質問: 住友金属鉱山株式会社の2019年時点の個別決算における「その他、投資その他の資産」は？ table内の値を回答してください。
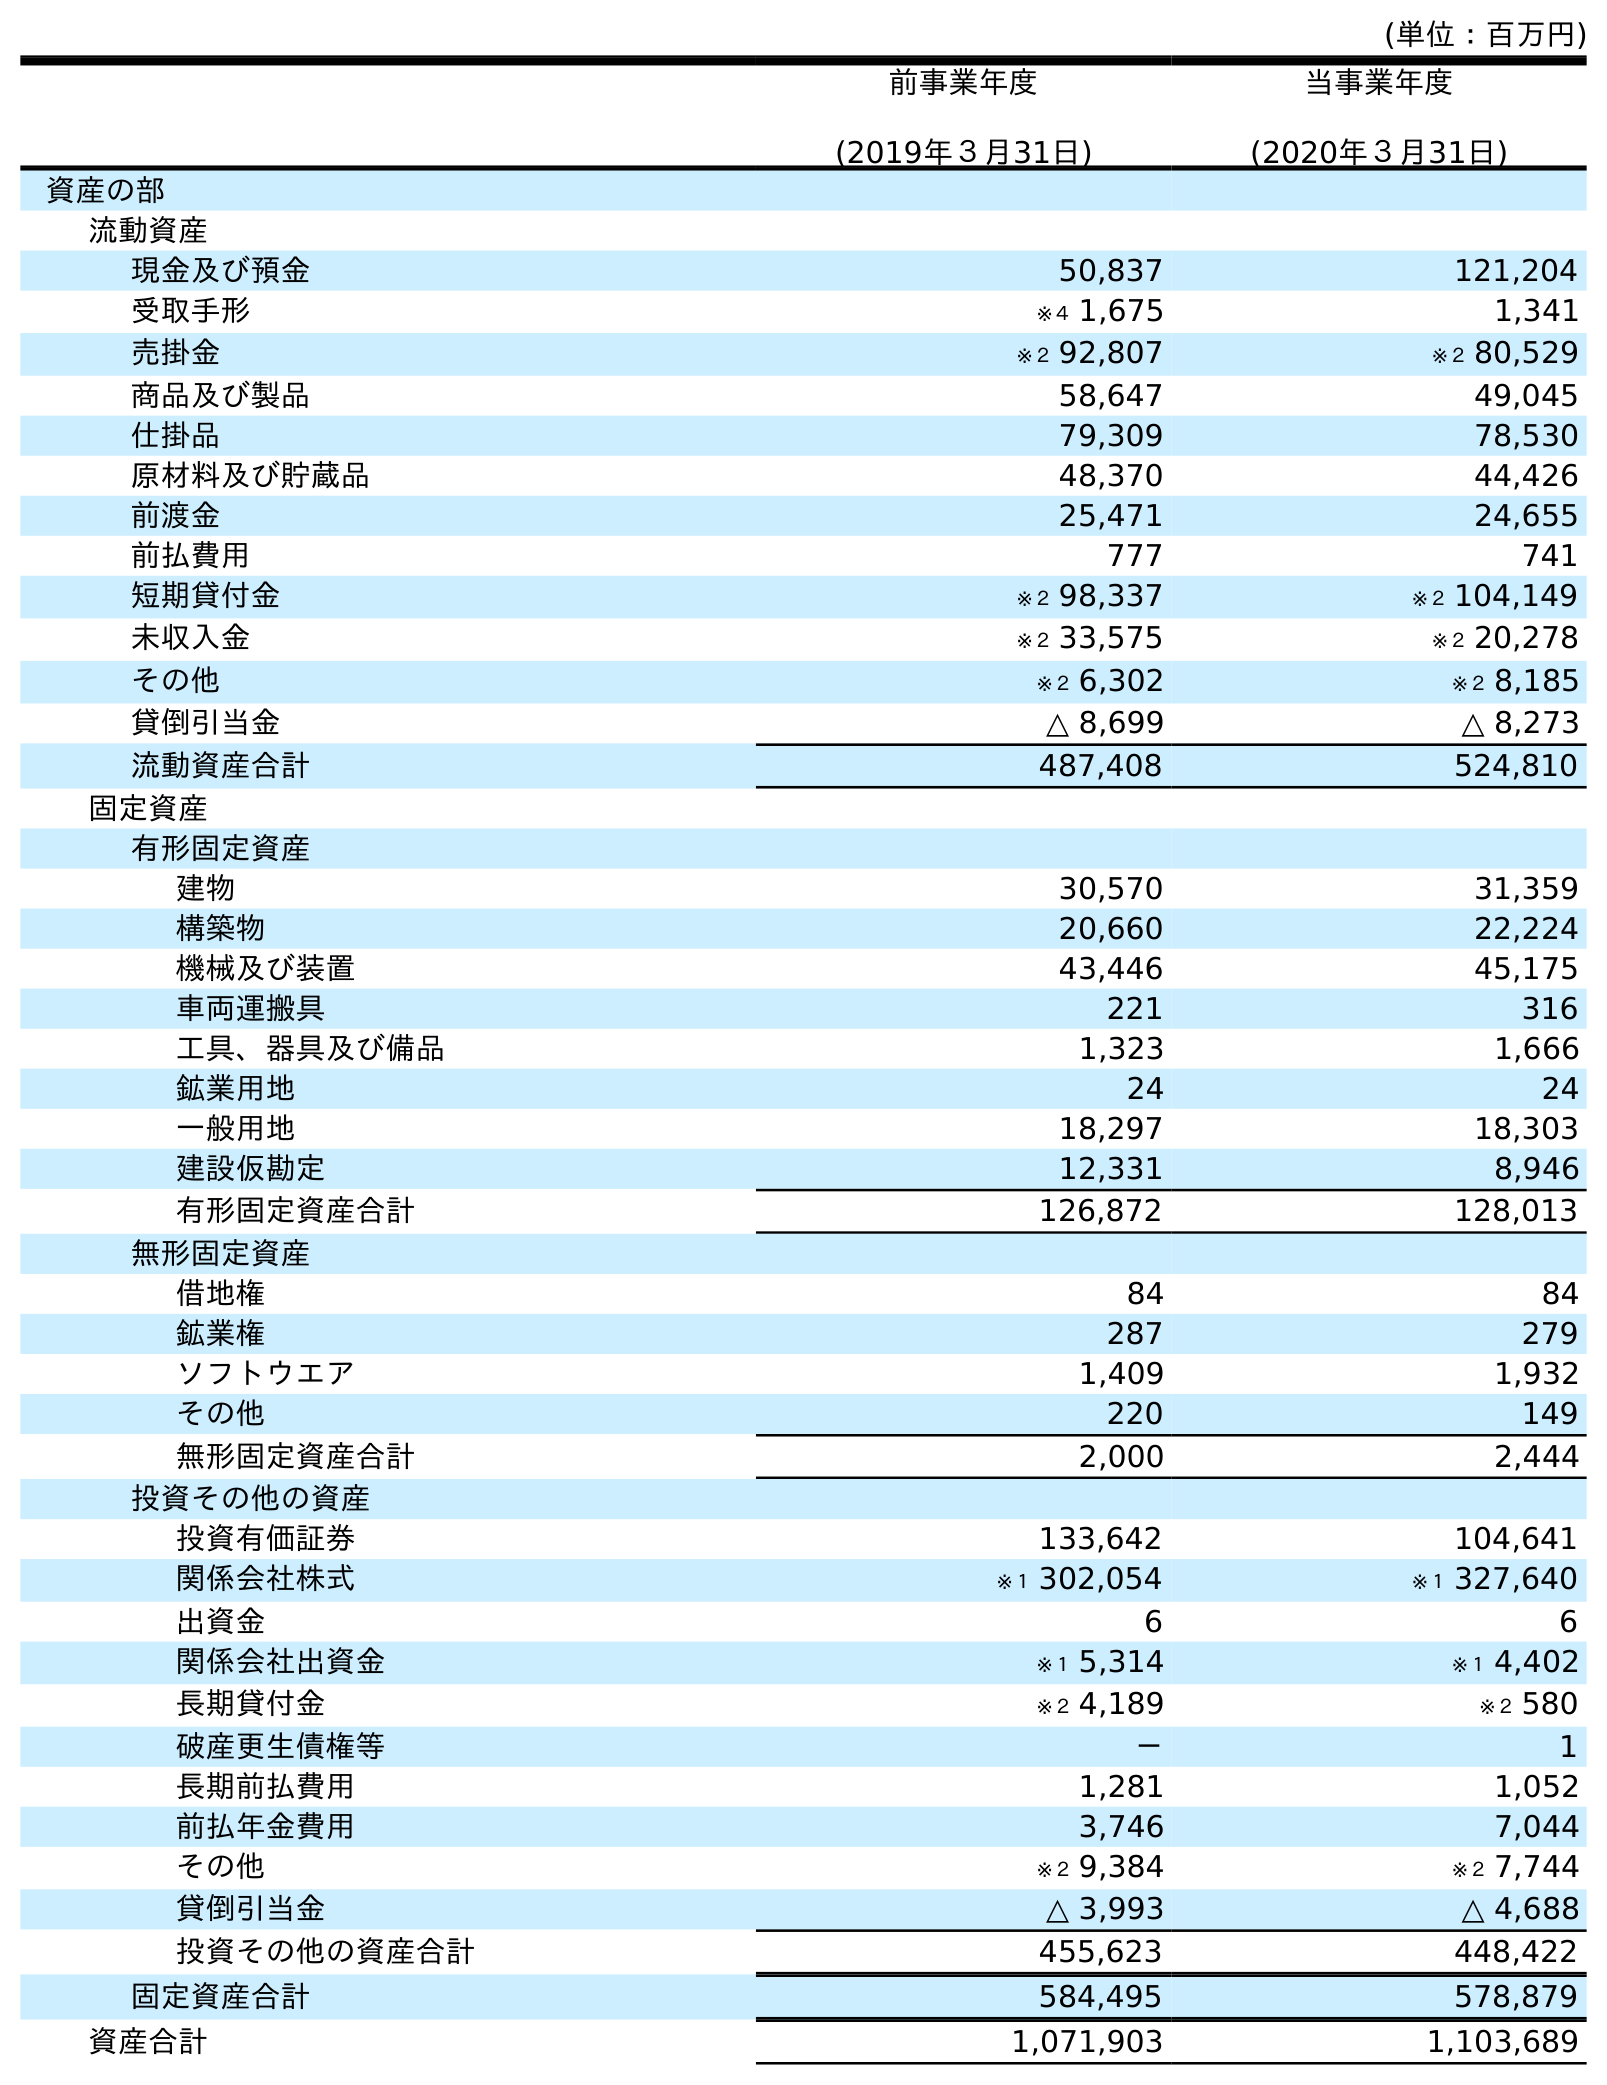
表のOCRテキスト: (単位：百万円) 前事業年度 (2019年３月31日) 当事業年度 (2020年３月31日) 資産の部 流動資産 現金及び預金 50,837 121,204 受取手形 ※４ 1,675 1,341 売掛金 ※２ 92,807 ※２ 80,529 商品及び製品 58,647 49,045 仕掛品 79,309 78,530 原材料及び貯蔵品 48,370 44,426 前渡金 25,471 24,655 前払費用 777 741 短期貸付金 ※２ 98,337 ※２ 104,149 未収入金 ※２ 33,575 ※２ 20,278 その他 ※２ 6,302 ※２ 8,185 貸倒引当金 △ 8,699 △ 8,273 流動資産合計 487,408 524,810 固定資産 有形固定資産 建物 30,570 31,359 構築物 20,660 22,224 機械及び装置 43,446 45,175 車両運搬具 221 316 工具、器具及び備品 1,323 1,666 鉱業用地 24 24 一般用地 18,297 18,303 建設仮勘定 12,331 8,946 有形固定資産合計 126,872 128,013 無形固定資産 借地権 84 84 鉱業権 287 279 ソフトウエア 1,409 1,932 その他 220 149 無形固定資産合計 2,000 2,444 投資その他の資産 投資有価証券 133,642 104,641 関係会社株式 ※１ 302,054 ※１ 327,640 出資金 6 6 関係会社出資金 ※１ 5,314 ※１ 4,402 長期貸付金 ※２ 4,189 ※２ 580 破産更生債権等 － 1 長期前払費用 1,281 1,052 前払年金費用 3,746 7,044 その他 ※２ 9,384 ※２ 7,744 貸倒引当金 △ 3,993 △ 4,688 投資その他の資産合計 455,623 448,422 固定資産合計 584,495 578,879 資産合計 1,071,903 1,103,689
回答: ※２9,384